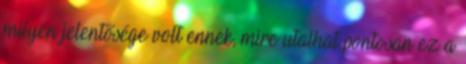
milyen jelentősége volt ennek, mire utalhat pontosan ez a